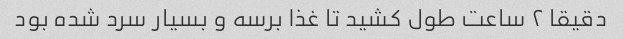
دقیقا ۲ ساعت طول کشید تا غذا برسه و بسیار سرد شده بود